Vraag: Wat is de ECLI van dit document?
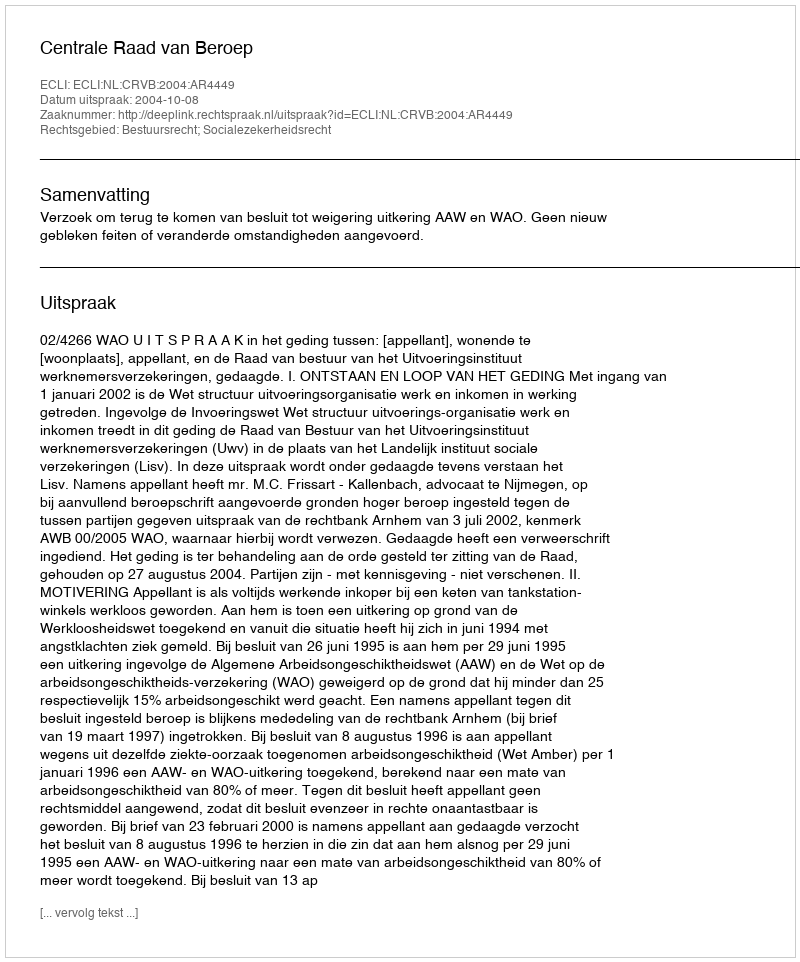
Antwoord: ECLI:NL:CRVB:2004:AR4449